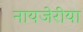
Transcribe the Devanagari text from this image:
नायजेरीया